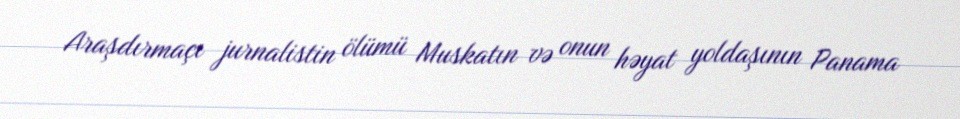
Araşdırmaçı jurnalistin ölümü Muskatın və onun həyat yoldaşının Panama